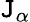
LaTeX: \mathtt{J}_{\alpha}